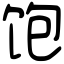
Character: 饱